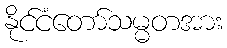
နိုင်ငံတော်သမ္မတအား